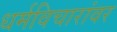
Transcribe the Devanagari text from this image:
धर्मविचारांवर